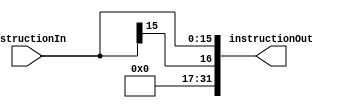
module signExtended (instructionIn, instructionOut);
	input [15:0] instructionIn;
	output [31:0] instructionOut;

	assign instructionOut[15:0] = instructionIn[15:0];
	assign instructionOut[31:16] = instructionIn[15];
	
endmodule